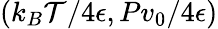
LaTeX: (k_{B}\mathcal{T}/4\epsilon,Pv_{0}/4\epsilon)